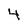
Character: 4